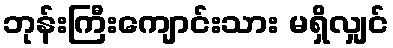
ဘုန်းကြီးကျောင်းသား မရှိလျှင်